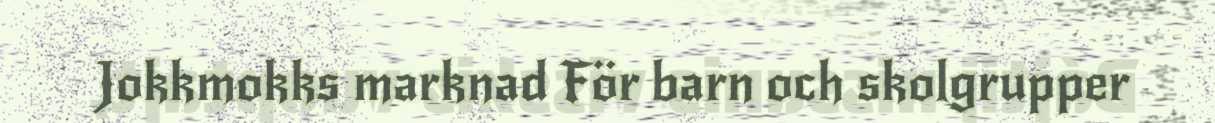
Jokkmokks marknad För barn och skolgrupper